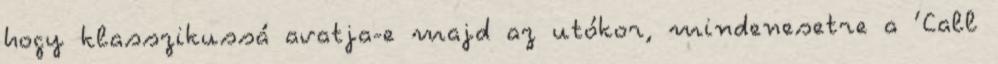
hogy klasszikussá avatja-e majd az utókor, mindenesetre a ’Call